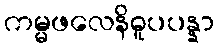
ကမ္မဖလေနိဓူပပန္နာ